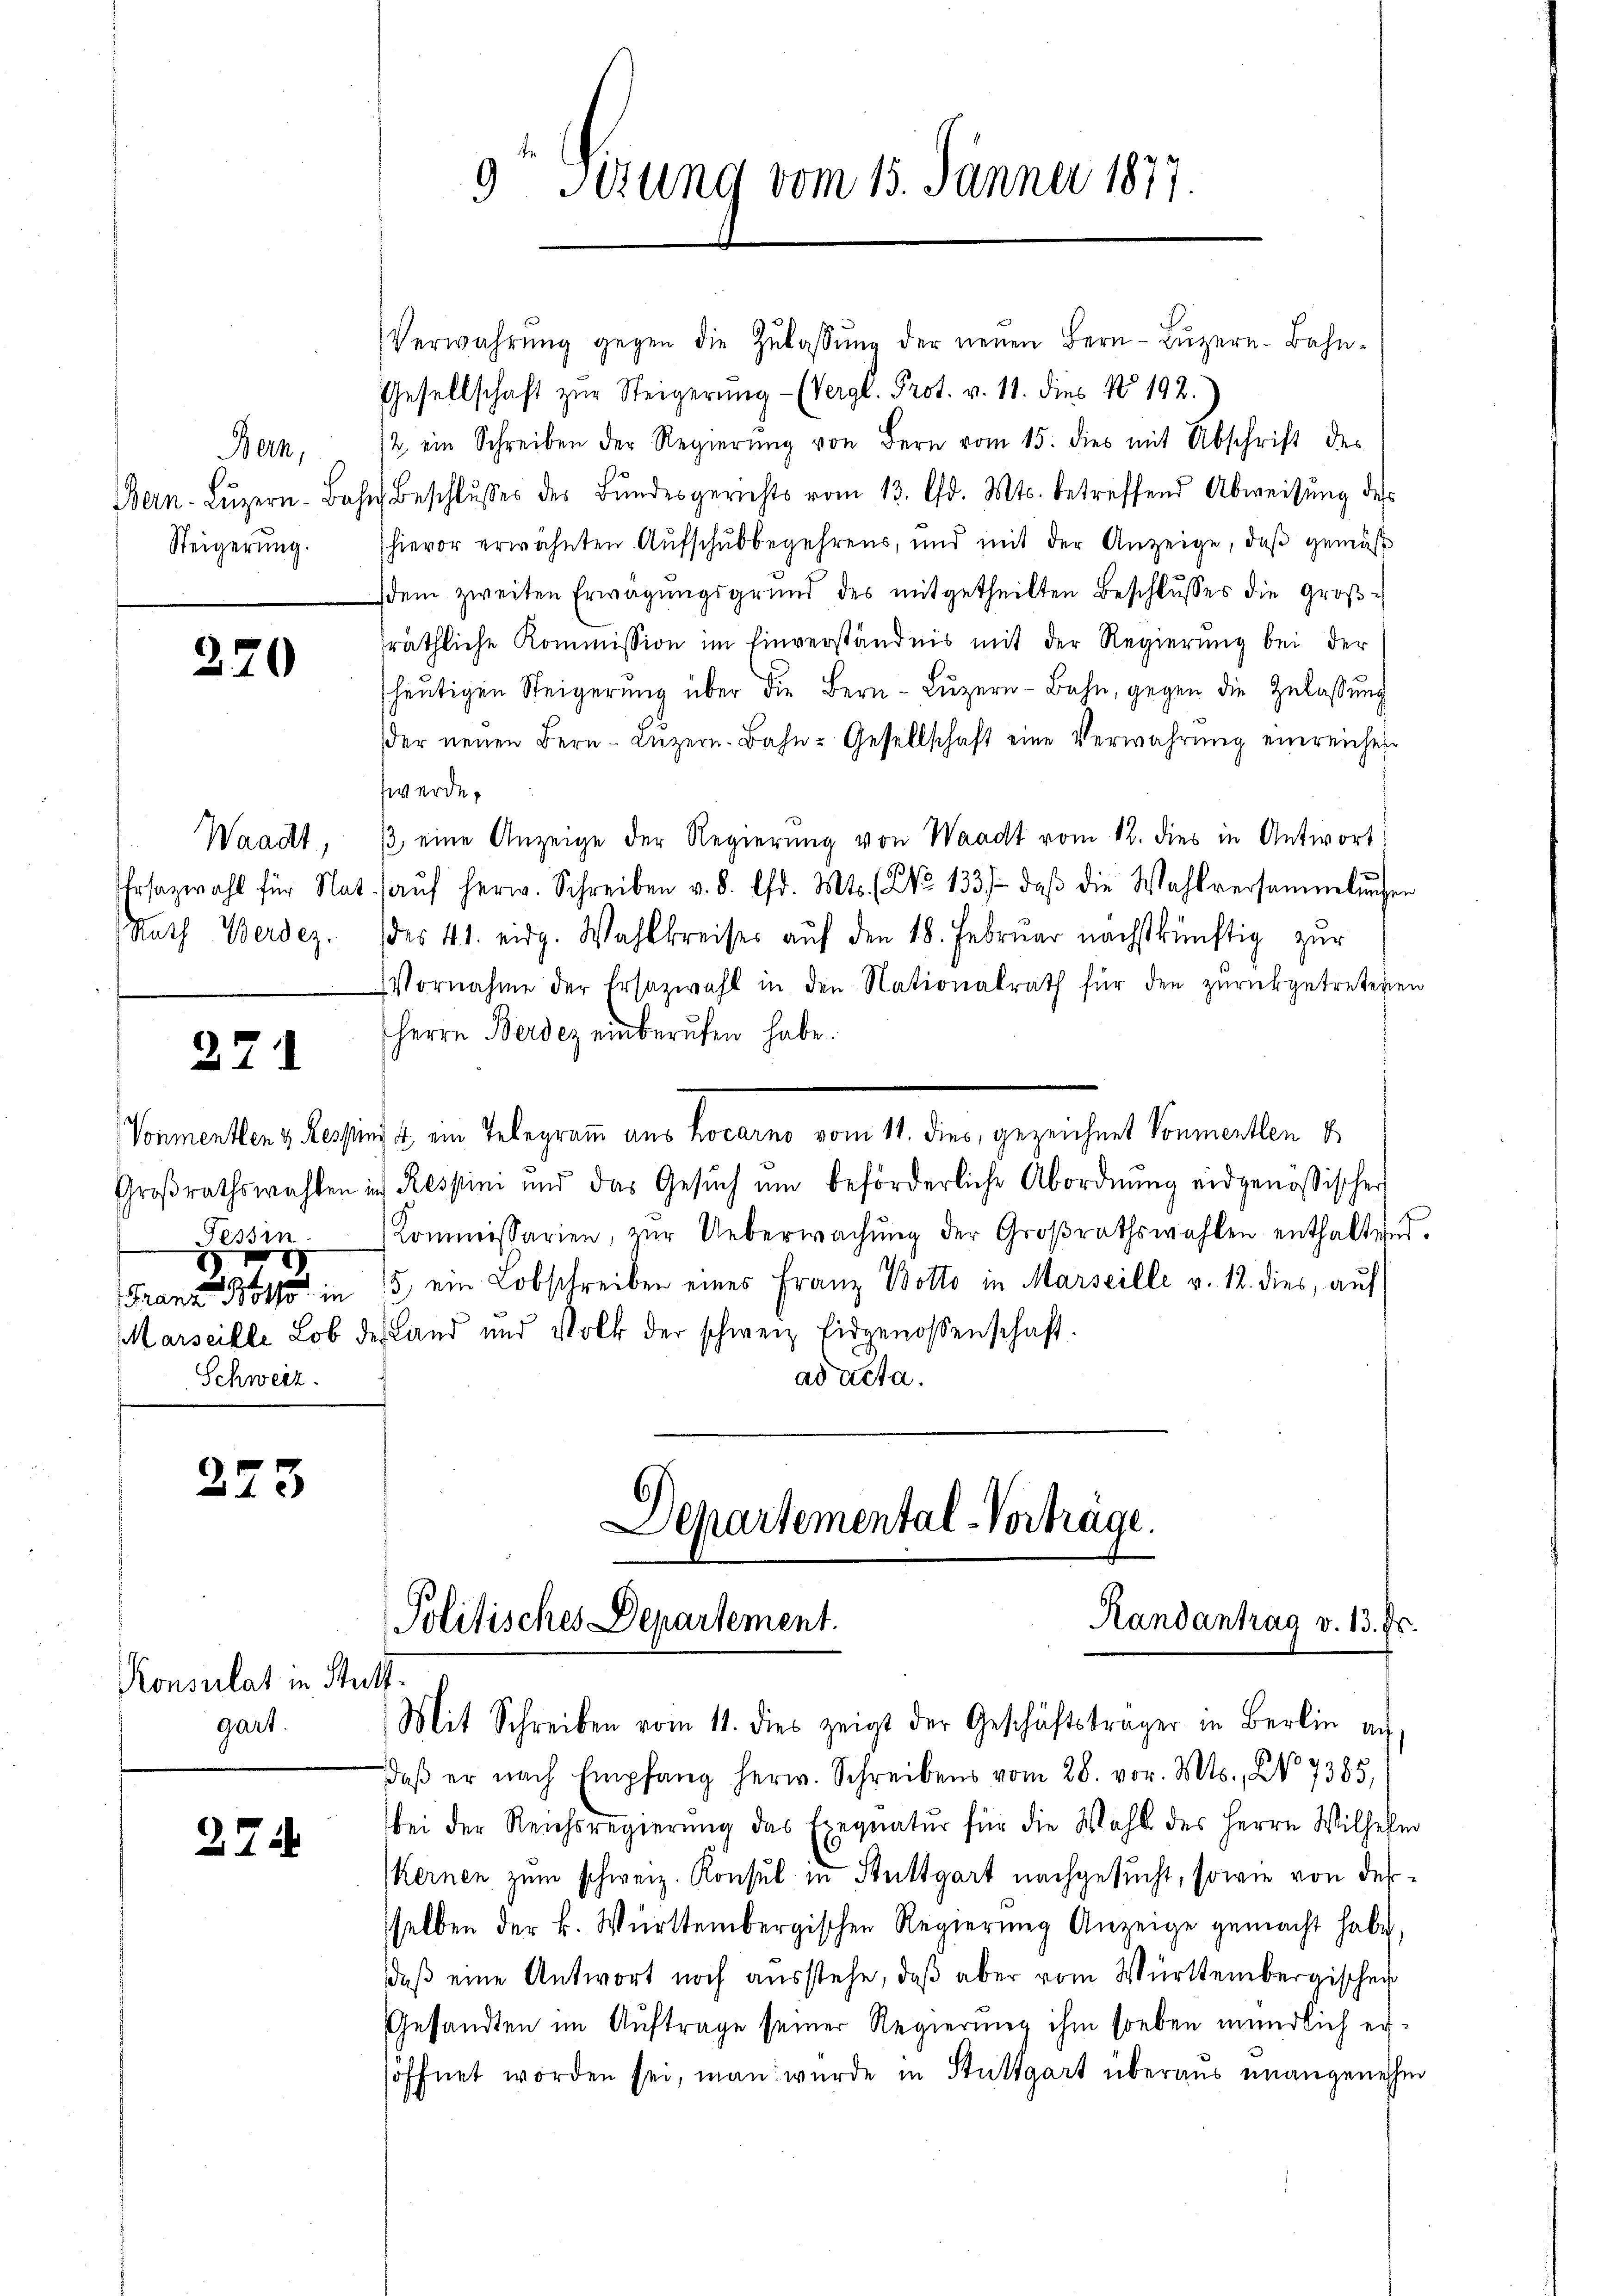
Bern,
Steigerung.

220

Waadt,
Rath Werdez.

271

eisen
Schweiz.

223

Konsulat in Stattgart.

274

Verwahrŭng gegen die Zŭlassŭng der neŭen Bern-Lŭzern-Bahn-
Gesellschaft zŭr Steigerŭng - (Vergl. Prot. v. 11. dies No 192.
2 ein Schreiben der Regierŭng von Bern vom 15. dies mit Abschrift des
Bern-Lŭzern Bahn Beschlŭsses des Bŭndesgerichts vom 13. d. Mts. betreffend Abweisŭng des
hievor erwähnten Aŭfschŭbbegehrens, und mit der Anzeige, daβ gemäß
sdem zweiten Erwägungsgrund des mitgetheilten Beschlusses die Großräthliche Kommission im Einverständnis mit der Regierung bei der
heŭtigen Steigerŭng über die Bern- Lŭzern - Bahn, gegen die Zulassŭng
der neŭen Bern - Lŭzern. Bahn- Gesellschaft eine Verwahrŭng einreichen
werde.
/3 eine Anzeige der Regierung von Waadt vom 12. dies in Antwort
Ehrsazwahl für Nat. aŭf herw. Schreiben v. 8. d. Mts. No 133/ daβ die Wahlversammlungen
des 41. eidg. Wahlkreises aŭf den 18. Februar nächstkünftig zur
Vornahme der Ersazwahl in den Nationalrath für den zurückgetretenen
Herrn Berdez einberufen habe.
ormeller, dersich in Belegram am Freund vom 1. der, gezeichent Sonnerter u.
Großrathswahlen in Respini und das Gesŭch ŭm beförderliche Abordnŭng eidgenössischer
Kommissarien, zŭr Ueberwachŭng der Groβrathswahlen enthaltend.
Franz Both in 15 ein Kobschreiben eines Franz Dotto in Marseille v. 12. dies, auf
Marseille Lob der Land und Volk der schweiz. Eidgenossenschaft.
ad acta.

9te Sirung vom 15. Jänner 1877.

Departemental-Vorträge.
Randantrag v. 13. Fr.
Politisches Departement.
Mit Schreiben vom 11. dies zeigt der Geschäftsträger in Berlin an

daβ er nach Empfang herw. Schreibens vom 28. vor. Mts., No. 7385,
bei der Reichsregierŭng das Exequatur für die Wahl des Herrn Wilhelm
Kernen zum schweiz. Konsul in Stuttgart nachgesucht, sowie von dessselben der k. Württembergischen Regierŭng Anzeige gemacht habe,
daß eine Antwort noch ausstehe, daß aber vom Württembergischer
Gesandten im Auftrage seiner Regierung ihm soeben mündlich ersöffnet worden sei, man wurde in Stuttgart überaus unangenehm